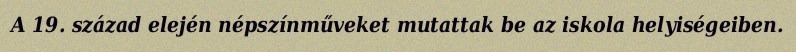
A 19. század elején népszínműveket mutattak be az iskola helyiségeiben.